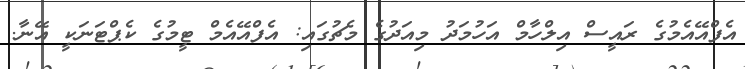
އެފްއޭއެމުގެ ރައީސް އިލްހާމް އަހުމަދު މިއަދުގެ މެޗުގައި: އެފްއޭއެމް ޓީމުގެ ކެޕްޓަނަކީ އޭނާ.